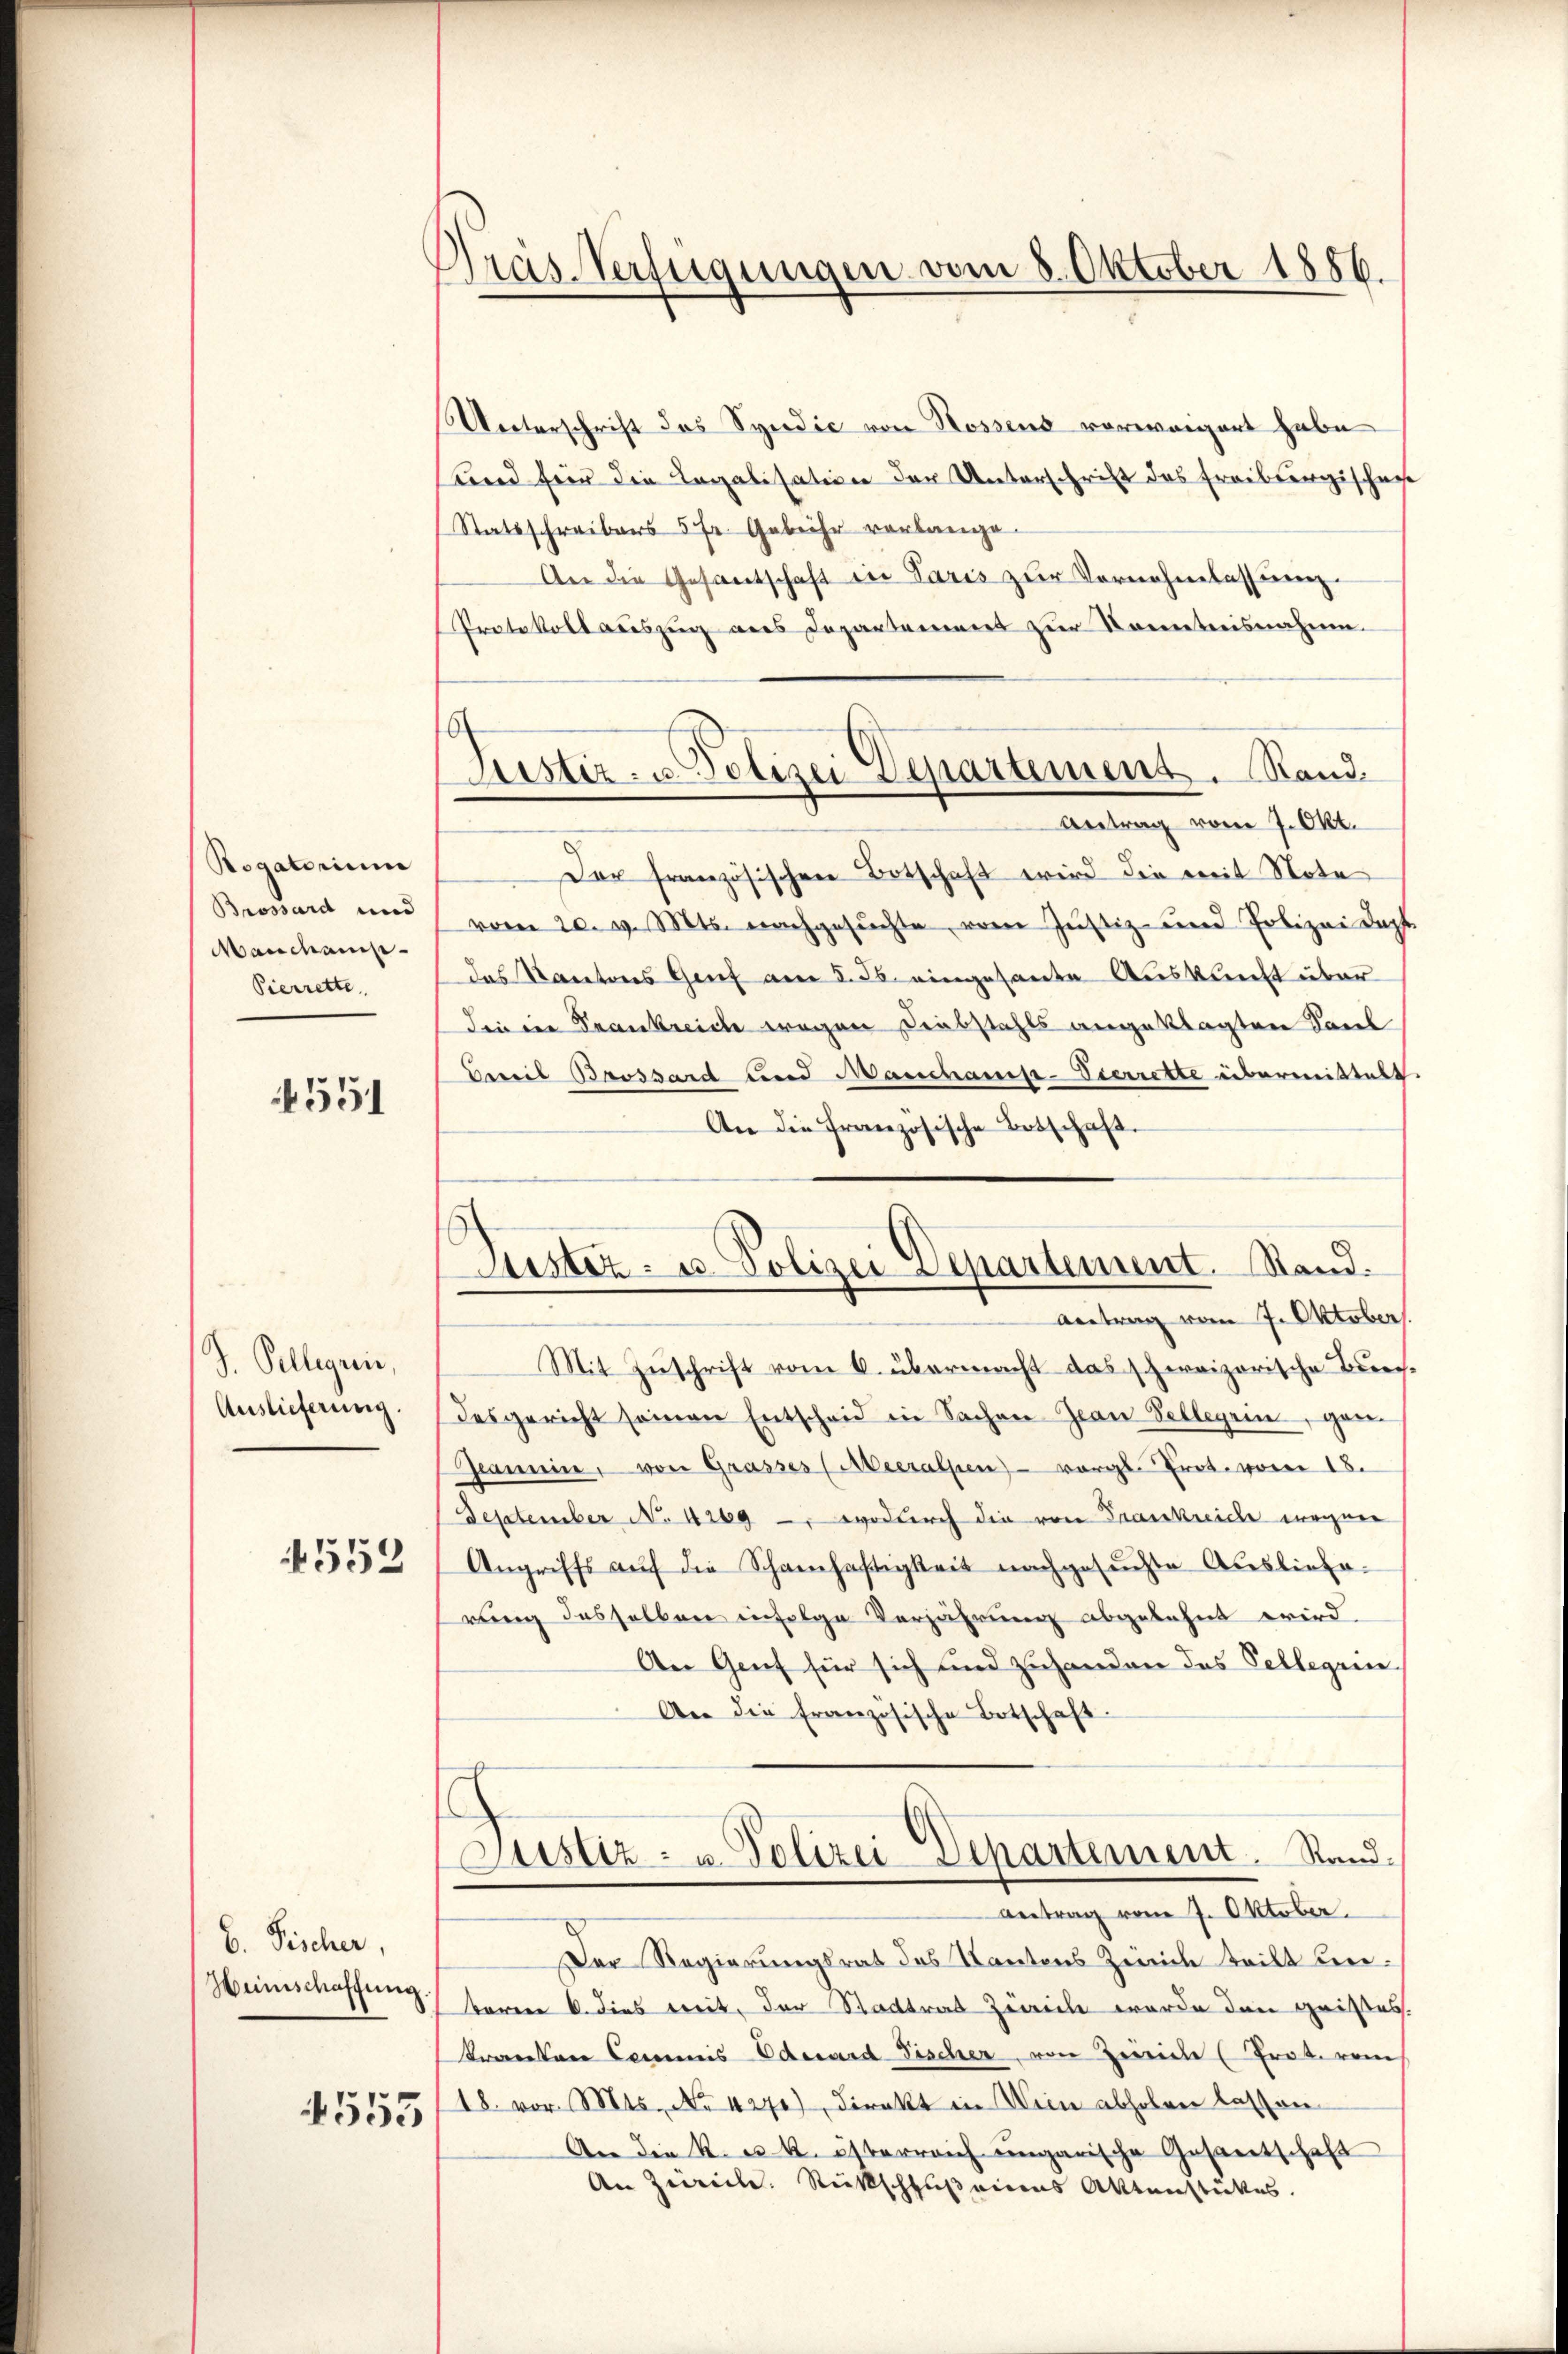
Rogatorium
Brossard und
Manchamp
Pierrette

4551

J. Kellegien,
Auslieferung.
4552

6. Fischer,
Wünschaffung.

553

Pras-Verfügungen vom 8. Oktober 1886.

Unterschrift des Syndic von Rossens vorweigert habe
Kind für die Legalisation der Unterschrift das Freibergischens
Statsschreibens 5 fr. Gebühr vorlange.
An die Gesantschaft in Paris zur Vornehmlassung
Protokoll auszug aus Departement zur Kenntnisnahme.
Antrag vom 7. Okt.
Der französischen Botschaft wird die mit Note
vom 20. v. Mts. nachgesuchte, vom Justiz- und Polizei dop
das Kantons Genf am 5. ds. eingesante Auskunft über
din ein Frankreiche wegen Diebstahls angeklagten Saul
Bereis Brossard und Marchanis-Vierrette übermittelt.
An die Französische Botschaft.
Antrag vom 7. Oktober.
Mit Zuschrift vom 6. übermacht das schweizerische Berechdesgericht seinen Entscheid in Sachen Jean Vellegen, gan
Geamine, von Grasses (Meeralpen) vergl. Prot. vom 18.
September No 4269, wodurch die von Frankreiche wegen
Angriffs aŭf die Schanhaftigkeit nachgesŭchte Ausliefa-
rung desselben infolge Verjährung abgelehnt wird.
An Genf für sich und zuhanden das Sellegien
An die französische Botschaft
ustiz- u. Polizei-Departement. Stand.
Antrag vom 7. Oktober.
Der Regierungsrat des Kantons Zürich teilt beibaren 6. dies weit, der Stadtrat zweil wurde den Geistes.
kreventar Commis Oderard Fischer, von Zweiche (Prot. vom
18. vor. Mts. No 4270), Direkt in Wein abholen lassen
An die K. u. k. österreich ungarische Gesantschaft
An Zürich. Rückschluß eines Aktenstückes.

Justiz- u. Polizei Departement. Rand.

Puester- u. Polizei Departement. Stand.